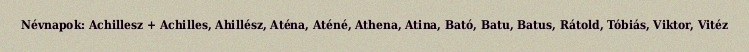
Névnapok: Achillesz + Achilles, Ahillész, Aténa, Aténé, Athena, Atina, Bató, Batu, Batus, Rátold, Tóbiás, Viktor, Vitéz